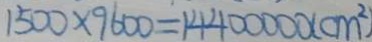
1 5 0 0 \times 9 6 0 0 = 1 4 4 0 0 0 0 0 ( c m ^ { 2 } )